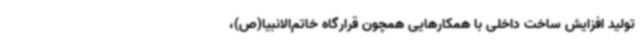
تولید افزایش ساخت داخلی با همکارهایی همچون قرارگاه خاتم‌الانبیا(ص)،